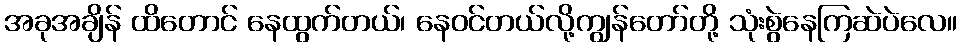
အခုအချိန် ထိတောင် နေထွက်တယ်၊ နေဝင်တယ်လို့ကျွန်တော်တို့ သုံးစွဲနေကြဆဲပဲလေ။